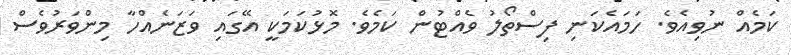
ކަމެއް ނުވިއެވެ. ހަމައެކަނި ފިސްތޯލު ވެއްޓުން ކަމެވެ. މޮޅުކަމަކީ އޭގައި ވަޒަނެއްހާ މިންވަރުވެސް